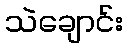
သဲချောင်း